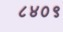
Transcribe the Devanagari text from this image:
८४०९